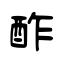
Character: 酢